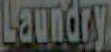
Laundry